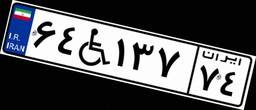
۶۴W۱۳۷۷۴